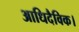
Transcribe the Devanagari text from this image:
आधिदैविक।